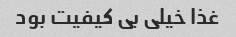
غذا خیلی بی کیفیت بود